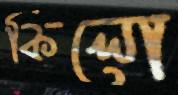
কিলো